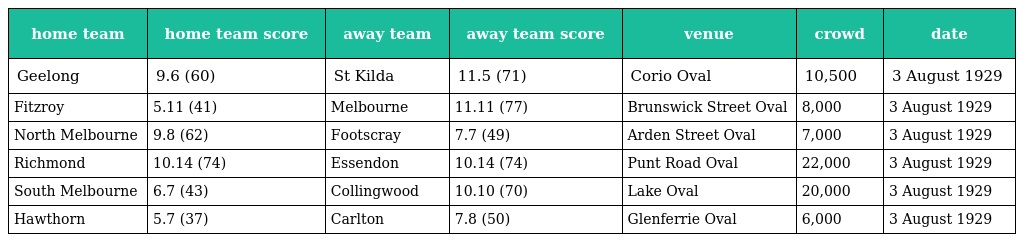
| home team | home team score | away team | away team score | venue | crowd | date |
 | --- | --- | --- | --- | --- | --- | --- |
 | Geelong | 9.6 (60) | St Kilda | 11.5 (71) | Corio Oval | 10,500 | 3 August 1929 |
 | Fitzroy | 5.11 (41) | Melbourne | 11.11 (77) | Brunswick Street Oval | 8,000 | 3 August 1929 |
 | North Melbourne | 9.8 (62) | Footscray | 7.7 (49) | Arden Street Oval | 7,000 | 3 August 1929 |
 | Richmond | 10.14 (74) | Essendon | 10.14 (74) | Punt Road Oval | 22,000 | 3 August 1929 |
 | South Melbourne | 6.7 (43) | Collingwood | 10.10 (70) | Lake Oval | 20,000 | 3 August 1929 |
 | Hawthorn | 5.7 (37) | Carlton | 7.8 (50) | Glenferrie Oval | 6,000 | 3 August 1929 |